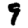
Digit: 9